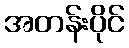
အတန်းပိုင်